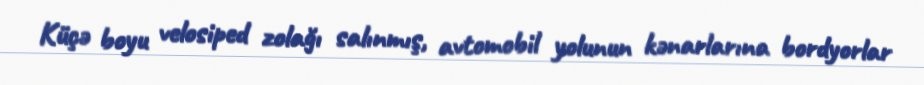
Küçə boyu velosiped zolağı salınmış, avtomobil yolunun kənarlarına bordyorlar